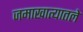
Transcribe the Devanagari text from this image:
जमाखात्यातले